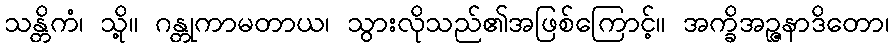
သန္တိကံ၊ သို့။ ဂန္တုကာမတာယ၊ သွားလိုသည်၏အဖြစ်ကြောင့်။ အက္ခိအဉ္ဇနာဒိတော၊